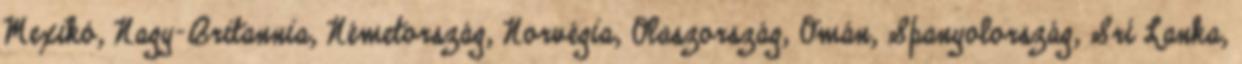
Mexikó, Nagy-Britannia, Németország, Norvégia, Olaszország, Omán, Spanyolország, Srí Lanka,